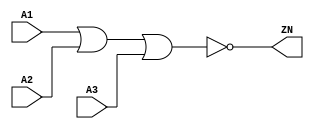
module NOR3_X1 (A1, A2, A3, ZN);
  input A1;
  input A2;
  input A3;
  output ZN;

  not(ZN, i_8);
  or(i_8, i_9, A3);
  or(i_9, A1, A2);


endmodule